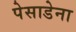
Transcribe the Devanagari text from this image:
पेसाडेना